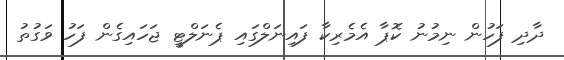
ދާދި ފަހުން ނިމުނު ކޮޕާ އެމެރިކާ ފައިނަލްގައި ޕެނަލްޓީ ޖަހައިގެން ފަހު ވަގުތު